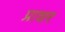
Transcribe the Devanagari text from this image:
प्राशर